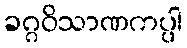
ခဂ္ဂဝိသာဏကပ္ပါ